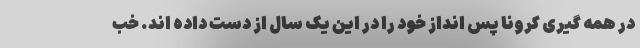
در همه گیری کرونا پس انداز خود را در این یک سال از دست داده اند. خب